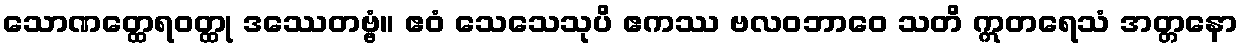
သောဏတ္ထေရဝတ္ထု ဒဿေတဗ္ဗံ။ ဧဝံ သေသေသုပိ ဧကဿ ဗလဝဘာဝေ သတိ ဣတရေသံ အတ္တနော